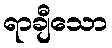
ရာချီသော